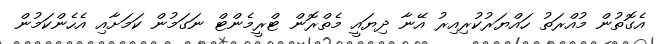
އެގޮތުން މުއްރަތު ހައްޔަރުކުރިއިރު އޭނާ ދިޔައީ މެތްރޮން ޓްރީމެންޓް ނަގަމުން ކަމަށާއި އެހެންކަމުން